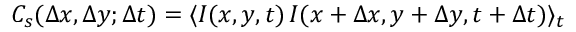
C _ { s } ( \Delta x , \Delta y ; \Delta t ) = \langle I ( x , y , t ) \, I ( x + \Delta x , y + \Delta y , t + \Delta t ) \rangle _ { t }